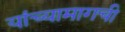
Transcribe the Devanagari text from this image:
यांच्यामागची